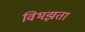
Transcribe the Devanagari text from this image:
विभझता